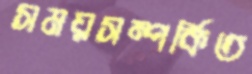
সময়সম্পর্কিত